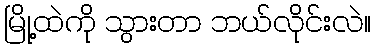
မြို့ထဲကို သွားတာ ဘယ်လိုင်းလဲ။